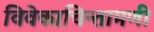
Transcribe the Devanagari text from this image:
विवेकाचिन्तामणी